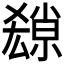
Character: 𡮱